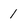
Character: 1